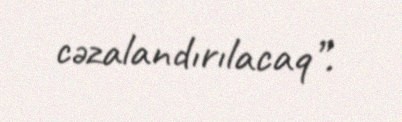
cəzalandırılacaq”.